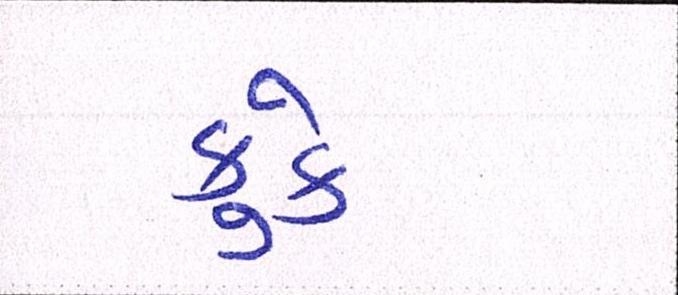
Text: કુકે